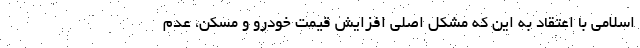
اسلامی با اعتقاد به این که مشکل اصلی افزایش قیمت خودرو و مسکن، عدم